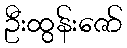
ဦးထွန်းဇော်